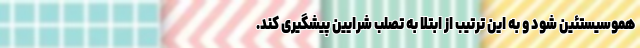
هموسیستئین شود و به این ترتیب از ابتلا به تصلب شرایین پیشگیری کند.